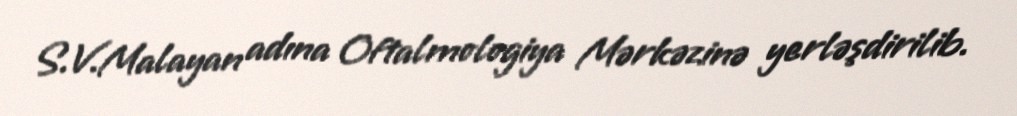
S.V.Malayan adına Oftalmologiya Mərkəzinə yerləşdirilib.